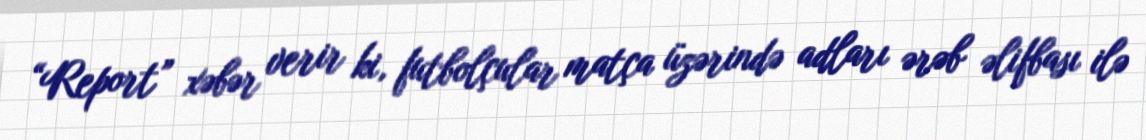
“Report” xəbər verir ki, futbolçular matça üzərində adları ərəb əlifbası ilə